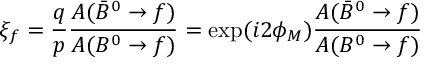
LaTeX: \xi _ { f } = \frac { q } { p } \frac { A ( \bar { B } ^ { 0 } \to f ) } { A ( B ^ { 0 } \to f ) } = \exp ( i 2 \phi _ { M } ) \frac { A ( \bar { B } ^ { 0 } \to f ) } { A ( B ^ { 0 } \to f ) }